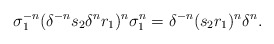
\begin{align*}\sigma_1^{-n} (\delta^{-n}s_2 \delta^{n} r_1)^n \sigma_1^{n}= \delta^{-n} (s_2 r_1)^n \delta^n.\end{align*}